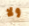
ولا